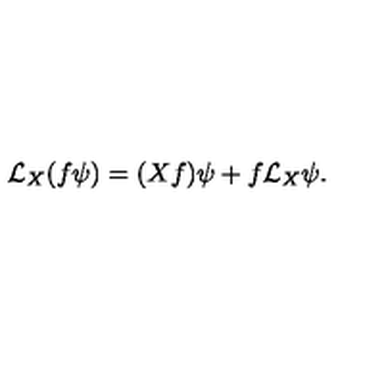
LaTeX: \mathcal { L } _ { X } ( f \psi ) = ( X f ) \psi + f \mathcal { L } _ { X } \psi .